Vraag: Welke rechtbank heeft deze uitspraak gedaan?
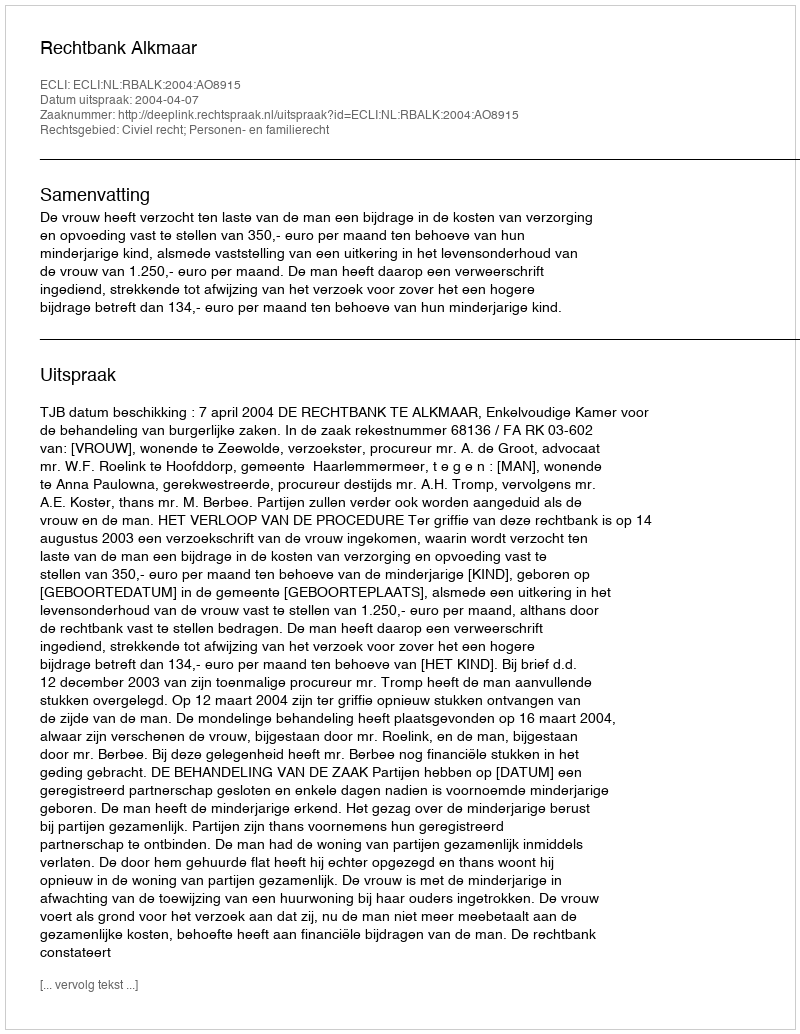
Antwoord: Rechtbank Alkmaar